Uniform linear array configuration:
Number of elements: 8
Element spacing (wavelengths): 0.5
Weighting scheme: hann
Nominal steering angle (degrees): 15
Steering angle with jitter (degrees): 14.218
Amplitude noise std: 0.05
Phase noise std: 0.05

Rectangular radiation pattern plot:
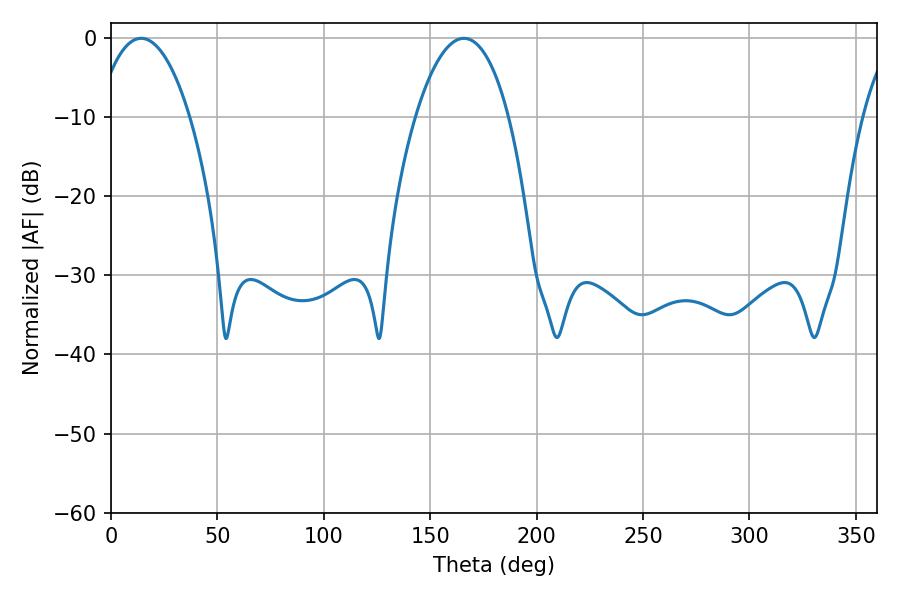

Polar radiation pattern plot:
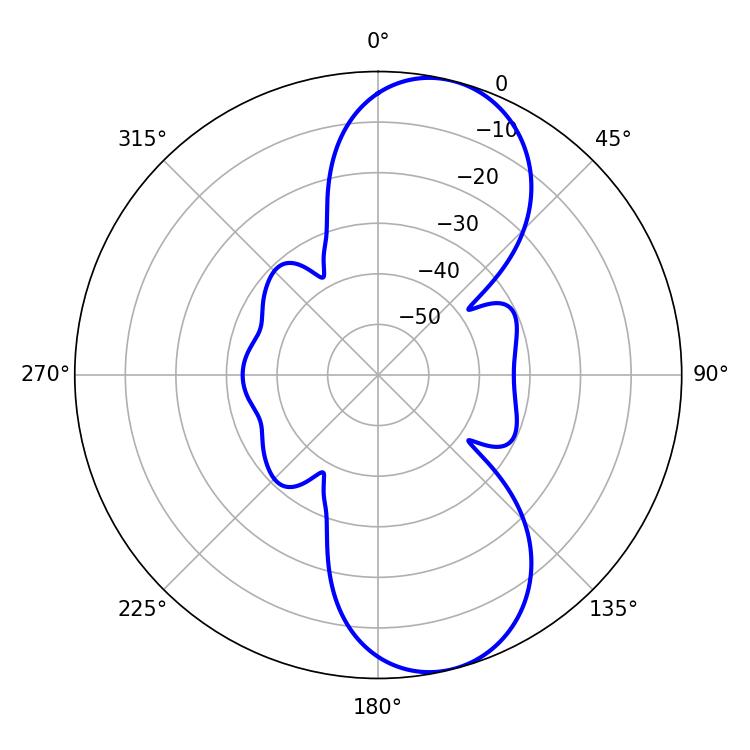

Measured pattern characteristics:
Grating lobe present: FALSE
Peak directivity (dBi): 9.46
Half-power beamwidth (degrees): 24.3
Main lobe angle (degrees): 14.22